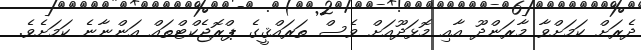
ދެރަށް ކަމަށްވާ މާރަންދޫ އާއި މޮޅަދޫއަށް ވެސް ތަރައްޤީގެ ޕްރޮޖެކްޓްތައް އަންނާނެ ކަމަށެވެ.